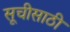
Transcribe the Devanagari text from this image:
सूचीसाठी